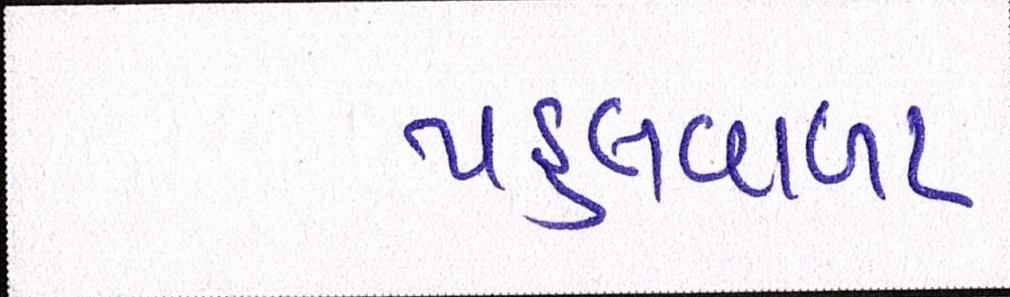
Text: પહલવાળા